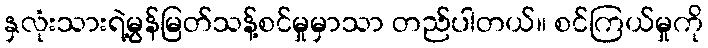
နှလုံးသားရဲ့မွန်မြတ်သန့်စင်မှုမှာသာ တည်ပါတယ်။ စင်ကြယ်မှုကို